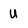
Character: U